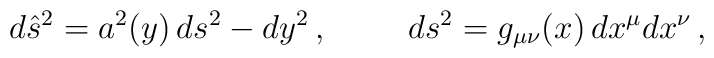
d\hat{s}^{2} = a^{2}(y)\, ds^{2} -dy^{2}\, ,\hspace{1cm}ds^{2} =  g_{\mu\nu}(x)\, dx^{\mu}dx^{\nu}\, ,